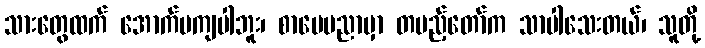
သားတွေထက် အောက်မကျပါဘူး၊ စာပေပညာမှာ တပည့်တော်က သာပါသေးတယ်၊ သူတို့